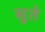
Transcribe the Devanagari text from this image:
सुते